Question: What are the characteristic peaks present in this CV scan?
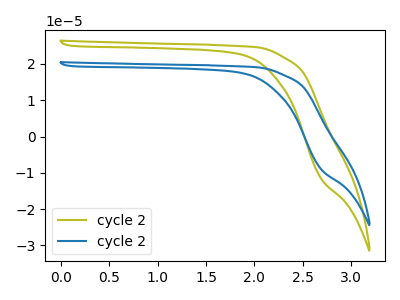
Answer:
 <answer>The olive curve "cycle 21" has no peaks. The blue curve "cycle 22" has no peaks.</answer>
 <eval></eval>